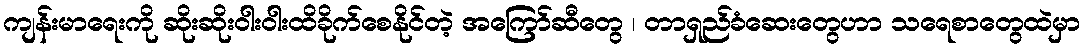
ကျန်းမာရေးကို ဆိုးဆိုးဝါးဝါးထိခိုက်စေနိုင်တဲ့ အကြော်ဆီတွေ ၊ တာရှည်ခံဆေးတွေဟာ သရေစာတွေထဲမှာ